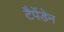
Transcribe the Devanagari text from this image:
टैपेंडेन